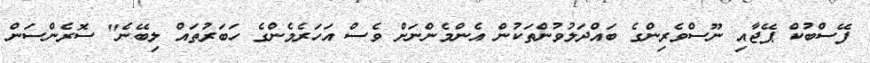
ފޭސްބުކް ޕޭޖާއި ނޫސްވެރިންގެ ބައްދަލުވުންތަކުން އެންމެންނަށް ވެސް އަހަރެމެންގެ ހަބަރުތައް ލިބޭނެ" ސޮރެންސަން